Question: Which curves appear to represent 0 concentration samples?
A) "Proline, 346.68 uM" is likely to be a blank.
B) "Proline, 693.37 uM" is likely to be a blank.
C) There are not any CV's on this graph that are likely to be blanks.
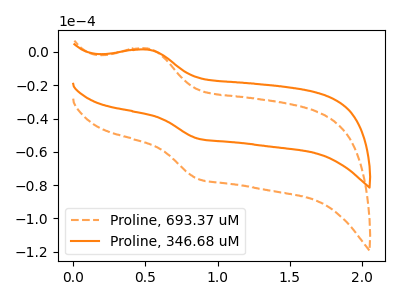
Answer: <think>The orange dashed curve "Proline, 693.37 uM" has an anodic peak at (0.50V, 2.00uA) and a cathodic peak at (0.85V, -76.25uA). The orange curve "Proline, 346.68 uM" has an anodic peak at (0.50V, 1.35uA) and a cathodic peak at (0.85V, -52.05uA).</think>
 <answer>C) There are not any CV's on this graph that are likely to be blanks.</answer>
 <eval>C</eval>